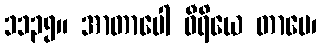
၁၁၃၅။ အာတာပေါ ဝီရိယေ တာပေ၊